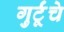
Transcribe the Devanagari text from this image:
गुर्टूंचे